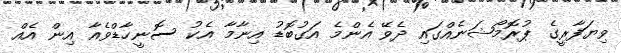
ވިޔަފާރީގެ ޕުރޮމޯޝަނެއްގައި ދެވޭ އެންމެ އަގުބޮޑު އިނާމާ އެކު ސޮނީހާޑްވެއާ އިން އެއް